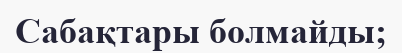
Сабақтары болмайды;